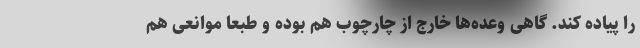
را پیاده کند. گاهی وعده‌ها خارج از چارچوب هم بوده و طبعا موانعی هم